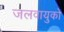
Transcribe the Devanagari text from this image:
जलवायुको